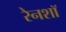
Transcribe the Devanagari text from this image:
रेनशॉ